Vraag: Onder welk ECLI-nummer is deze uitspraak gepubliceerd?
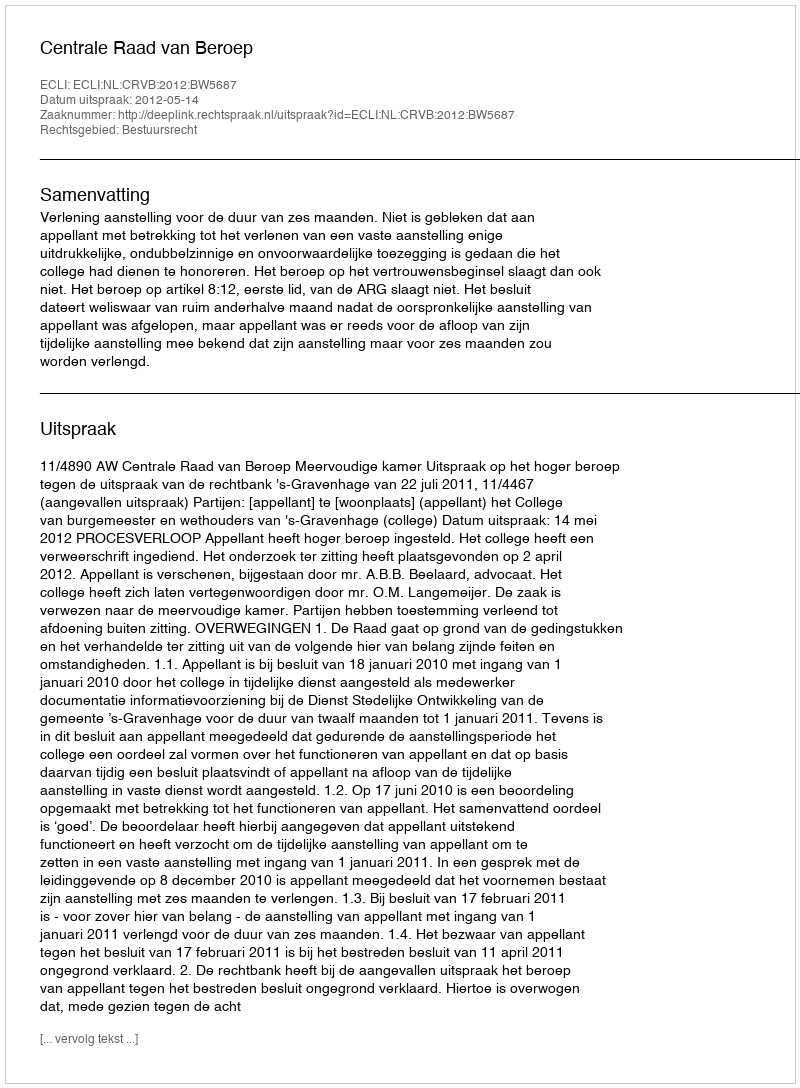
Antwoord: ECLI:NL:CRVB:2012:BW5687